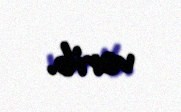
verib.